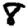
Digit: 8